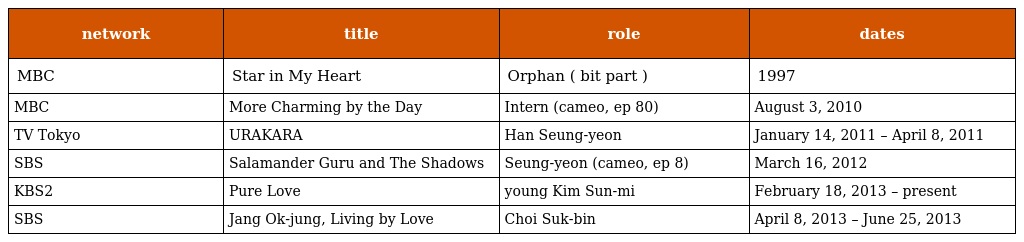
| network | title | role | dates |
 | --- | --- | --- | --- |
 | MBC | Star in My Heart | Orphan ( bit part ) | 1997 |
 | MBC | More Charming by the Day | Intern (cameo, ep 80) | August 3, 2010 |
 | TV Tokyo | URAKARA | Han Seung-yeon | January 14, 2011 – April 8, 2011 |
 | SBS | Salamander Guru and The Shadows | Seung-yeon (cameo, ep 8) | March 16, 2012 |
 | KBS2 | Pure Love | young Kim Sun-mi | February 18, 2013 – present |
 | SBS | Jang Ok-jung, Living by Love | Choi Suk-bin | April 8, 2013 – June 25, 2013 |